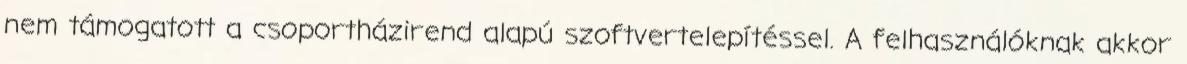
nem támogatott a csoportházirend alapú szoftvertelepítéssel. A felhasználóknak akkor